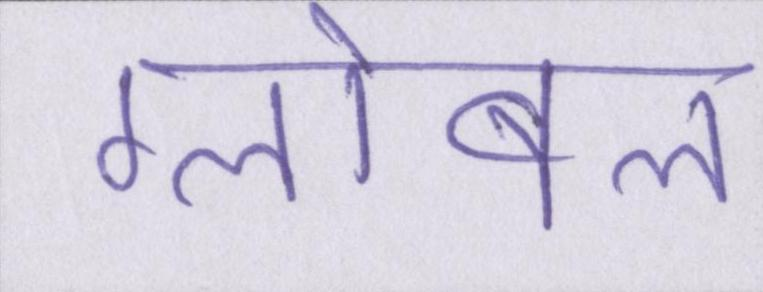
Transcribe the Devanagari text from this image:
ग्लोबल